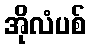
အိုလံပစ်